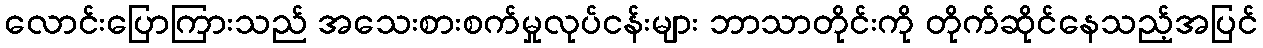
လောင်းပြောကြားသည် အသေးစားစက်မှုလုပ်ငန်းများ ဘာသာတိုင်းကို တိုက်ဆိုင်နေသည့်အပြင်